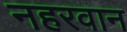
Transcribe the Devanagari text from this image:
नहरवान